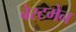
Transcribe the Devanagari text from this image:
बेस्टमेन